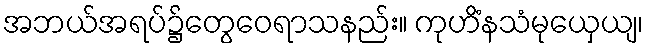
အဘယ်အရပ်၌တွေဝေရာသနည်း။ ကုဟိံနသံမုယှေယျ၊